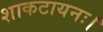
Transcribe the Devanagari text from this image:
शाकटायनः।